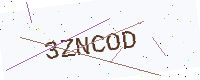
Text: 3ZNCOD